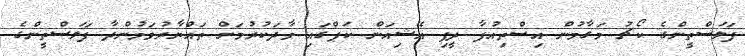
ފަލަސްތީންގެ ކޯޗު މަގާމުން އިސްތިއުފާ ދީފި އޭޝިއަން ކަޕްގައި ވާދަކުރުމަށް ތައްޔާރުވަމުންދާ ފަލަސްތީންގެ